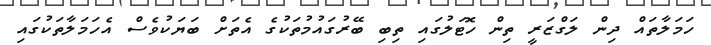
ހަމަލާތައް ދިން ލަގްޒަރީ ތިން ހޮޓަލުގައި ތިބި ބޭރުގައުމުތަކުގެ އެތަށް ބަޔަކުވެސް އެހަމަލާތަކުގައި